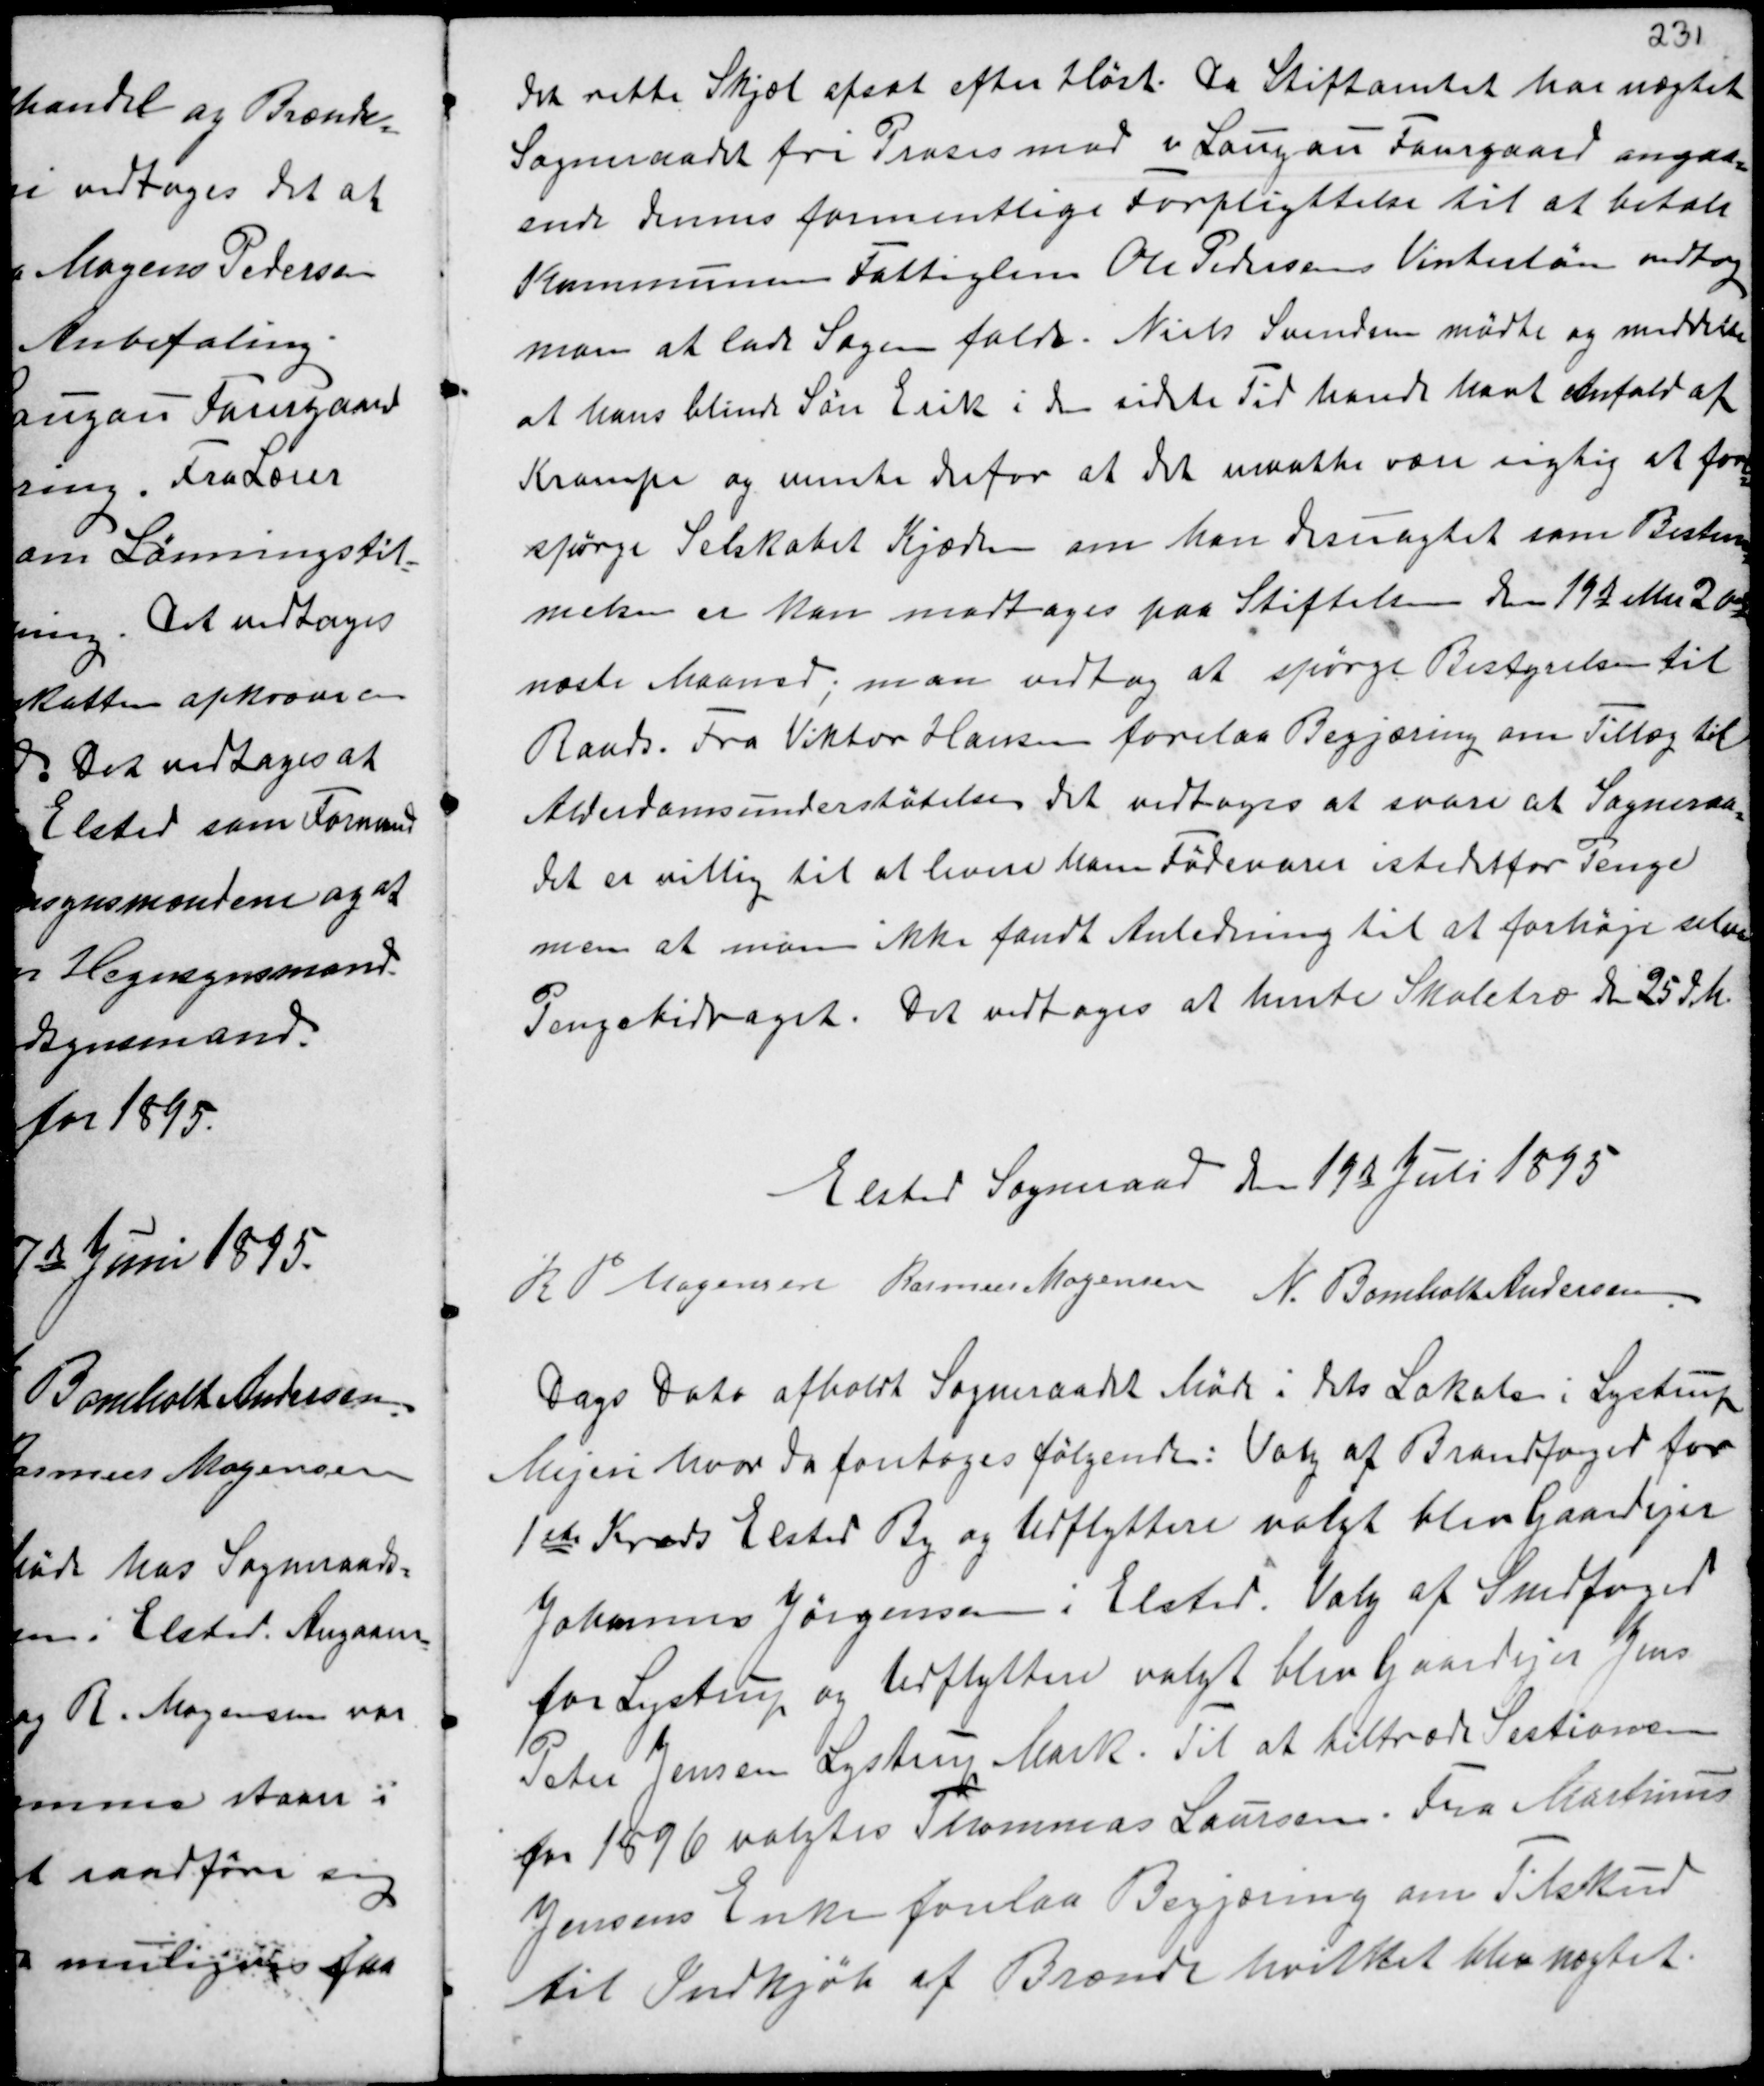
Transskription:
det rette Skjæl opsat efter Høst. Da Stiftamtet har nægtet
Sogneraadet fri Proses mod v Langau Faurgaard angaa-
ende dennes formentlige Forpligtelse til at betale
Kommunens Fattiglem Ole Pedersen Vinterløn vedtog
man at lade Sagen falde. Niels Svendsen mødte og meddelte
at hans blinde Søn Erik i den sidste Tid havde havt Anfald af
Krampe og mente derfor at det maatte være rigtig at fore-
spørge Selskabet Kjæden om han desuagtet som Bestem-
melsen er kan modtages paa Stiftelsen den 19de eller 20de
næste Maaned; man vedtog at spørge Bestyrelsen til
Raads. Fra Viktor Hansen forelaa Begjæring om Tillæg til
Alderdomsunderstøttelsen det vedtoges at svare at Sogneraa-
det er villig til at levere ham Fødevarer istedetfor Penge
men at man ikke fandt Anledning til at forhøje selve
Pengebidraget. Det vedtoges at hente Skoletræ den 25 dM.

Elsted Sogneraad den 19de Juli 1895
R P Mogensen Rasmus Mogensen N. Bomholt Andersen

Dags Dato afholdt Sogneraadet Møde i dets Lokale i Lystrup
Mejeri hvor da foretoges følgende: Valg af Brandfoged for
1ste Kreds Elsted By og Tilflyttere valgt blev Gaardejer
Johannes Jørgensen i Elsted. Valg af Snedfoged
for Lystrup og tilflyttere valgt blev Gaardejer Jens
Peter Jensen Lystrup Mark. Til at tiltræde Sestionen
for 1896 valgtes Thomas Laursen. Fra Martinus
Jensens Enke forelaa Begjæring om Tilskud
til Indkjøb af Brænde hvilket blev nægtet.